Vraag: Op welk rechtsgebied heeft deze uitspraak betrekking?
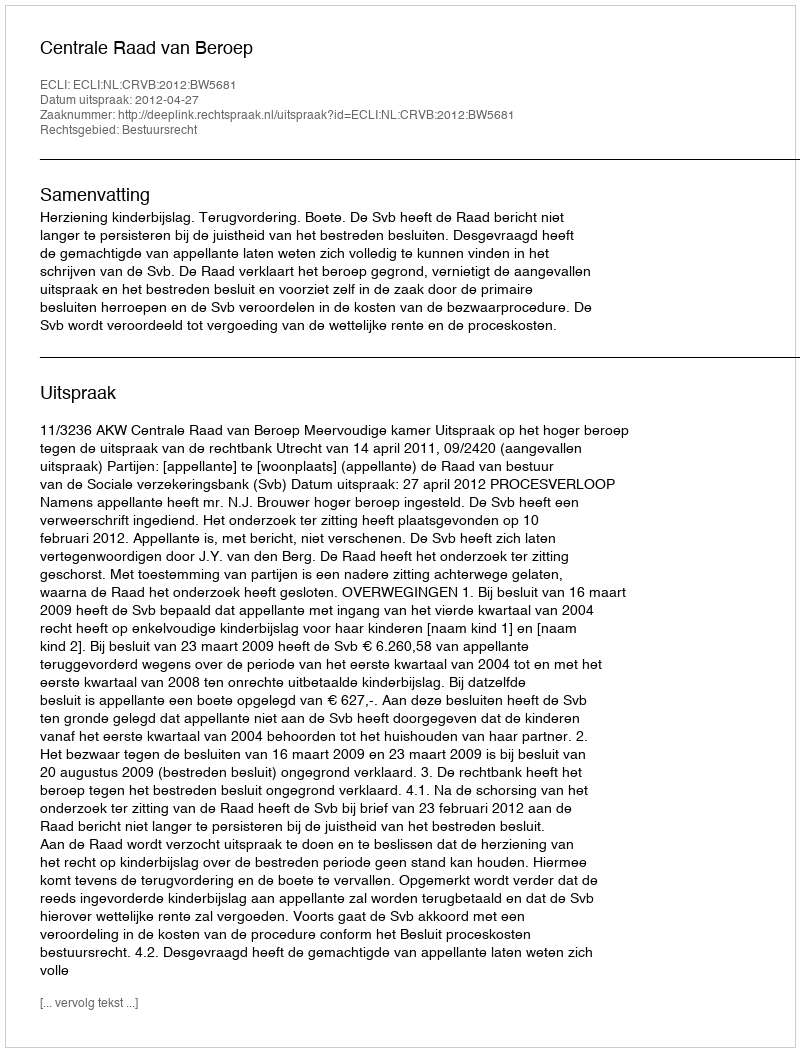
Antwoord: Bestuursrecht